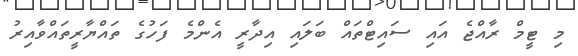
މި ޓީމް ރާއްޖެ އައި ސައިޓްތައް ބަލައި އިދާރީ އެންމެ ފަހުގެ ތައްޔާރީތައްވާއިރު